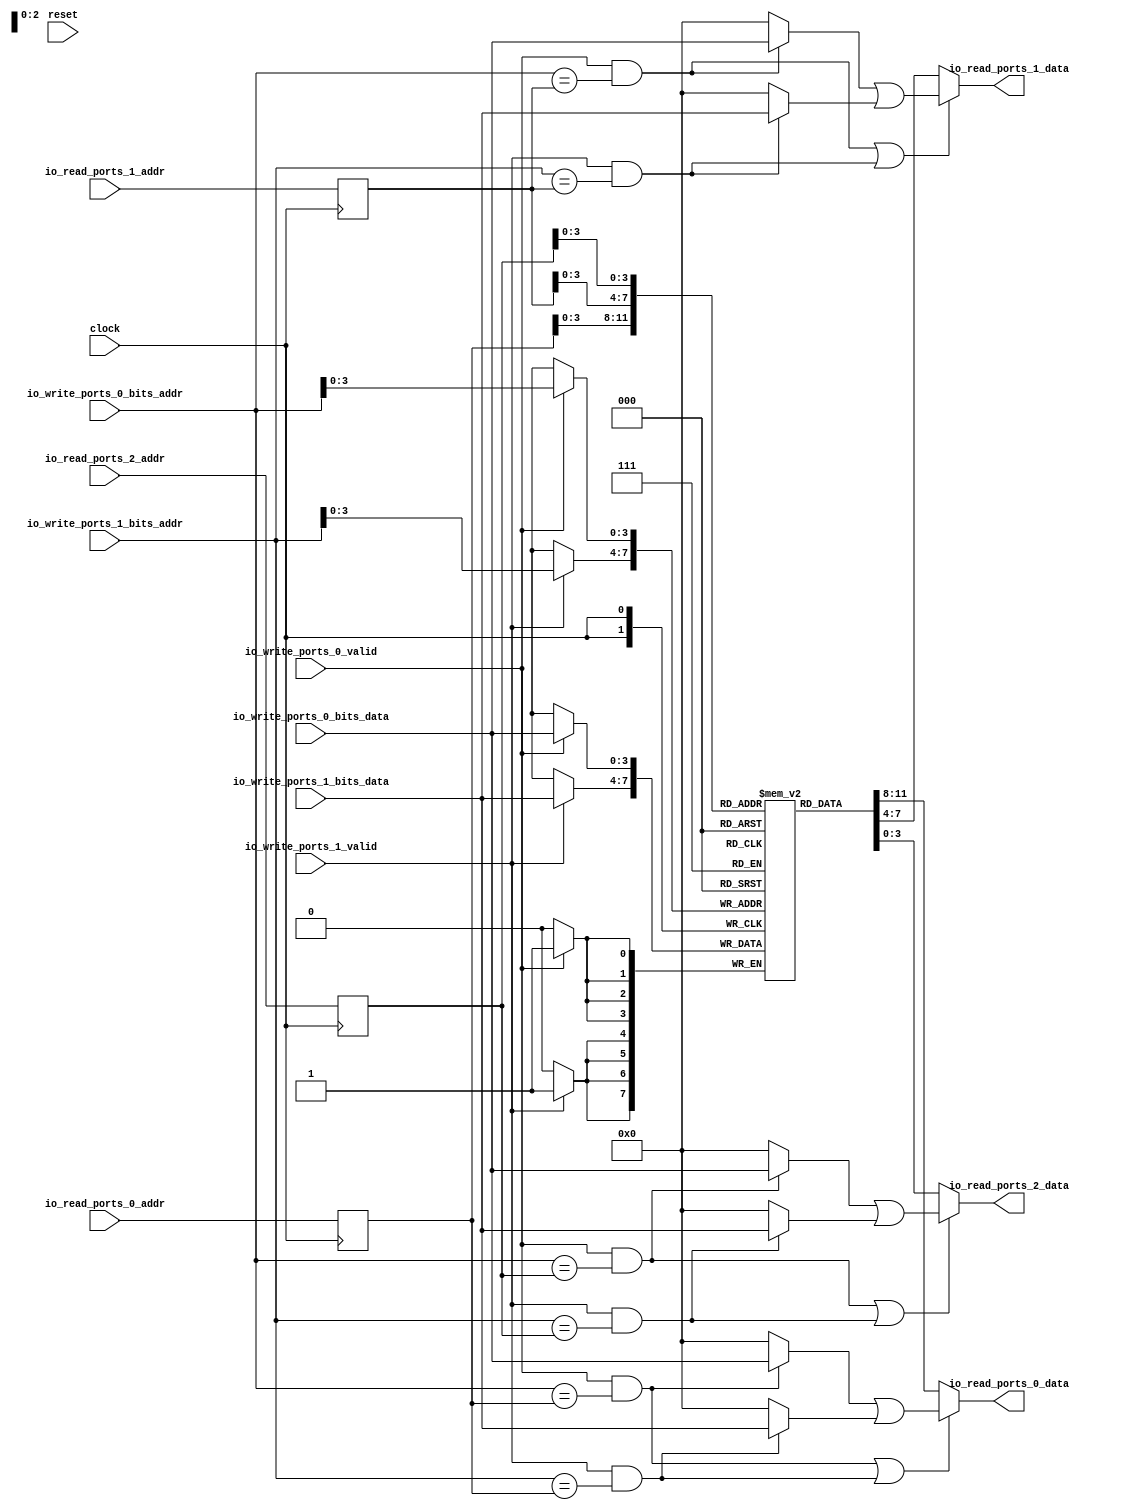
module RegisterFileSynthesizable_4(
  input        clock,
  input        reset,
  input  [6:0] io_read_ports_0_addr,
  output [3:0] io_read_ports_0_data,
  input  [6:0] io_read_ports_1_addr,
  output [3:0] io_read_ports_1_data,
  input  [6:0] io_read_ports_2_addr,
  output [3:0] io_read_ports_2_data,
  input        io_write_ports_0_valid,
  input  [6:0] io_write_ports_0_bits_addr,
  input  [3:0] io_write_ports_0_bits_data,
  input        io_write_ports_1_valid,
  input  [6:0] io_write_ports_1_bits_addr,
  input  [3:0] io_write_ports_1_bits_data
);
`ifdef RANDOMIZE_MEM_INIT
  reg [31:0] _RAND_0;
`endif // RANDOMIZE_MEM_INIT
`ifdef RANDOMIZE_REG_INIT
  reg [31:0] _RAND_1;
  reg [31:0] _RAND_2;
  reg [31:0] _RAND_3;
`endif // RANDOMIZE_REG_INIT
  reg [3:0] regfile [0:15]; // @[regfile.scala 118:20]
  wire [3:0] regfile_MPORT_data; // @[regfile.scala 118:20]
  wire [3:0] regfile_MPORT_addr; // @[regfile.scala 118:20]
  wire [3:0] regfile_MPORT_1_data; // @[regfile.scala 118:20]
  wire [3:0] regfile_MPORT_1_addr; // @[regfile.scala 118:20]
  wire [3:0] regfile_MPORT_2_data; // @[regfile.scala 118:20]
  wire [3:0] regfile_MPORT_2_addr; // @[regfile.scala 118:20]
  wire [3:0] regfile_MPORT_3_data; // @[regfile.scala 118:20]
  wire [3:0] regfile_MPORT_3_addr; // @[regfile.scala 118:20]
  wire  regfile_MPORT_3_mask; // @[regfile.scala 118:20]
  wire  regfile_MPORT_3_en; // @[regfile.scala 118:20]
  wire [3:0] regfile_MPORT_4_data; // @[regfile.scala 118:20]
  wire [3:0] regfile_MPORT_4_addr; // @[regfile.scala 118:20]
  wire  regfile_MPORT_4_mask; // @[regfile.scala 118:20]
  wire  regfile_MPORT_4_en; // @[regfile.scala 118:20]
  reg [6:0] read_addrs_0; // @[regfile.scala 126:50]
  reg [6:0] read_addrs_1; // @[regfile.scala 126:50]
  reg [6:0] read_addrs_2; // @[regfile.scala 126:50]
  wire  _T_6 = io_write_ports_0_bits_addr == read_addrs_0; // @[regfile.scala 147:21]
  wire  _T_7 = io_write_ports_0_valid & _T_6; // @[regfile.scala 146:59]
  wire  _T_8 = io_write_ports_1_bits_addr == read_addrs_0; // @[regfile.scala 147:21]
  wire  _T_9 = io_write_ports_1_valid & _T_8; // @[regfile.scala 146:59]
  wire [3:0] _T_10 = _T_7 ? io_write_ports_0_bits_data : 4'h0; // @[Mux.scala 27:72]
  wire [3:0] _T_11 = _T_9 ? io_write_ports_1_bits_data : 4'h0; // @[Mux.scala 27:72]
  wire [3:0] _T_12 = _T_10 | _T_11; // @[Mux.scala 27:72]
  wire [3:0] read_data_0 = regfile_MPORT_data; // @[regfile.scala 123:23 regfile.scala 129:18]
  wire  _T_15 = io_write_ports_0_bits_addr == read_addrs_1; // @[regfile.scala 147:21]
  wire  _T_16 = io_write_ports_0_valid & _T_15; // @[regfile.scala 146:59]
  wire  _T_17 = io_write_ports_1_bits_addr == read_addrs_1; // @[regfile.scala 147:21]
  wire  _T_18 = io_write_ports_1_valid & _T_17; // @[regfile.scala 146:59]
  wire [3:0] _T_19 = _T_16 ? io_write_ports_0_bits_data : 4'h0; // @[Mux.scala 27:72]
  wire [3:0] _T_20 = _T_18 ? io_write_ports_1_bits_data : 4'h0; // @[Mux.scala 27:72]
  wire [3:0] _T_21 = _T_19 | _T_20; // @[Mux.scala 27:72]
  wire [3:0] read_data_1 = regfile_MPORT_1_data; // @[regfile.scala 123:23 regfile.scala 129:18]
  wire  _T_24 = io_write_ports_0_bits_addr == read_addrs_2; // @[regfile.scala 147:21]
  wire  _T_25 = io_write_ports_0_valid & _T_24; // @[regfile.scala 146:59]
  wire  _T_26 = io_write_ports_1_bits_addr == read_addrs_2; // @[regfile.scala 147:21]
  wire  _T_27 = io_write_ports_1_valid & _T_26; // @[regfile.scala 146:59]
  wire [3:0] _T_28 = _T_25 ? io_write_ports_0_bits_data : 4'h0; // @[Mux.scala 27:72]
  wire [3:0] _T_29 = _T_27 ? io_write_ports_1_bits_data : 4'h0; // @[Mux.scala 27:72]
  wire [3:0] _T_30 = _T_28 | _T_29; // @[Mux.scala 27:72]
  wire [3:0] read_data_2 = regfile_MPORT_2_data; // @[regfile.scala 123:23 regfile.scala 129:18]
  wire  _T_36 = ~io_write_ports_1_valid; // @[regfile.scala 173:16]
  wire  _T_37 = ~io_write_ports_0_valid | _T_36; // @[regfile.scala 172:41]
  wire  _T_38 = io_write_ports_0_bits_addr != io_write_ports_1_bits_addr; // @[regfile.scala 174:45]
  wire  _T_39 = _T_37 | _T_38; // @[regfile.scala 173:41]
  wire  _T_40 = io_write_ports_0_bits_addr == 7'h0; // @[regfile.scala 175:45]
  wire  _T_41 = _T_39 | _T_40; // @[regfile.scala 174:78]
  assign regfile_MPORT_addr = read_addrs_0[3:0];
  assign regfile_MPORT_data = regfile[regfile_MPORT_addr]; // @[regfile.scala 118:20]
  assign regfile_MPORT_1_addr = read_addrs_1[3:0];
  assign regfile_MPORT_1_data = regfile[regfile_MPORT_1_addr]; // @[regfile.scala 118:20]
  assign regfile_MPORT_2_addr = read_addrs_2[3:0];
  assign regfile_MPORT_2_data = regfile[regfile_MPORT_2_addr]; // @[regfile.scala 118:20]
  assign regfile_MPORT_3_data = io_write_ports_0_bits_data;
  assign regfile_MPORT_3_addr = io_write_ports_0_bits_addr[3:0];
  assign regfile_MPORT_3_mask = 1'h1;
  assign regfile_MPORT_3_en = io_write_ports_0_valid;
  assign regfile_MPORT_4_data = io_write_ports_1_bits_data;
  assign regfile_MPORT_4_addr = io_write_ports_1_bits_addr[3:0];
  assign regfile_MPORT_4_mask = 1'h1;
  assign regfile_MPORT_4_en = io_write_ports_1_valid;
  assign io_read_ports_0_data = _T_7 | _T_9 ? _T_12 : read_data_0; // @[regfile.scala 151:35]
  assign io_read_ports_1_data = _T_16 | _T_18 ? _T_21 : read_data_1; // @[regfile.scala 151:35]
  assign io_read_ports_2_data = _T_25 | _T_27 ? _T_30 : read_data_2; // @[regfile.scala 151:35]
  always @(posedge clock) begin
    if(regfile_MPORT_3_en & regfile_MPORT_3_mask) begin
      regfile[regfile_MPORT_3_addr] <= regfile_MPORT_3_data; // @[regfile.scala 118:20]
    end
    if(regfile_MPORT_4_en & regfile_MPORT_4_mask) begin
      regfile[regfile_MPORT_4_addr] <= regfile_MPORT_4_data; // @[regfile.scala 118:20]
    end
    read_addrs_0 <= io_read_ports_0_addr; // @[regfile.scala 126:50]
    read_addrs_1 <= io_read_ports_1_addr; // @[regfile.scala 126:50]
    read_addrs_2 <= io_read_ports_2_addr; // @[regfile.scala 126:50]
    `ifndef SYNTHESIS
    `ifdef PRINTF_COND
      if (`PRINTF_COND) begin
    `endif
        if (~(_T_41 | reset)) begin
          $fwrite(32'h80000002,
            "Assertion failed: [regfile] too many writers a register\n    at regfile.scala:172 assert(!io.write_ports(i).valid ||\n"
            ); // @[regfile.scala 172:15]
        end
    `ifdef PRINTF_COND
      end
    `endif
    `endif // SYNTHESIS
    `ifndef SYNTHESIS
    `ifdef STOP_COND
      if (`STOP_COND) begin
    `endif
        if (~(_T_41 | reset)) begin
          $fatal; // @[regfile.scala 172:15]
        end
    `ifdef STOP_COND
      end
    `endif
    `endif // SYNTHESIS
  end
// Register and memory initialization
`ifdef RANDOMIZE_GARBAGE_ASSIGN
`define RANDOMIZE
`endif
`ifdef RANDOMIZE_INVALID_ASSIGN
`define RANDOMIZE
`endif
`ifdef RANDOMIZE_REG_INIT
`define RANDOMIZE
`endif
`ifdef RANDOMIZE_MEM_INIT
`define RANDOMIZE
`endif
`ifndef RANDOM
`define RANDOM $random
`endif
`ifdef RANDOMIZE_MEM_INIT
  integer initvar;
`endif
`ifndef SYNTHESIS
`ifdef FIRRTL_BEFORE_INITIAL
`FIRRTL_BEFORE_INITIAL
`endif
initial begin
  `ifdef RANDOMIZE
    `ifdef INIT_RANDOM
      `INIT_RANDOM
    `endif
    `ifndef VERILATOR
      `ifdef RANDOMIZE_DELAY
        #`RANDOMIZE_DELAY begin end
      `else
        #0.002 begin end
      `endif
    `endif
`ifdef RANDOMIZE_MEM_INIT
  _RAND_0 = {1{`RANDOM}};
  for (initvar = 0; initvar < 16; initvar = initvar+1)
    regfile[initvar] = _RAND_0[3:0];
`endif // RANDOMIZE_MEM_INIT
`ifdef RANDOMIZE_REG_INIT
  _RAND_1 = {1{`RANDOM}};
  read_addrs_0 = _RAND_1[6:0];
  _RAND_2 = {1{`RANDOM}};
  read_addrs_1 = _RAND_2[6:0];
  _RAND_3 = {1{`RANDOM}};
  read_addrs_2 = _RAND_3[6:0];
`endif // RANDOMIZE_REG_INIT
  `endif // RANDOMIZE
end // initial
`ifdef FIRRTL_AFTER_INITIAL
`FIRRTL_AFTER_INITIAL
`endif
`endif // SYNTHESIS
endmodule